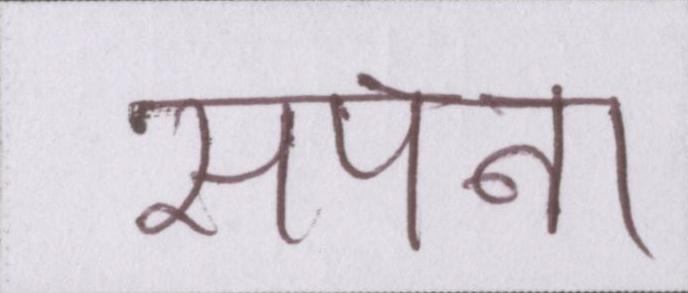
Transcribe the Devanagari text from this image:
सपना